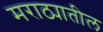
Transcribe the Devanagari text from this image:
मराठ्यातील